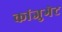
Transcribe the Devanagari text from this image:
कांजुगेट